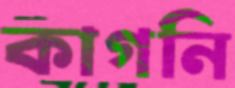
কাগনি